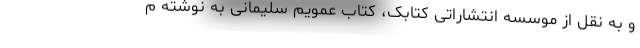
و به نقل از موسسه انتشاراتی کتابک،‌ کتاب عمویم سلیمانی به نوشته م